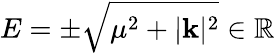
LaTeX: E=\pm\sqrt{\mu^{2}+|\mathbf{k}|^{2}}\in\mathbb{R}